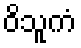
ဝိသူကံ